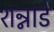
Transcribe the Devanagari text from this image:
शन्नाडे